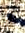
أنا